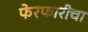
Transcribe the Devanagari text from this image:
फेरफारीचा